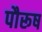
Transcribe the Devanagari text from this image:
पौरूष